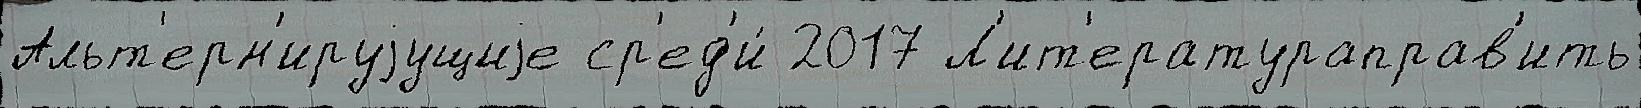
Альт'ерн'ируjущиjе ср'ед'и́ 2017 Л'ит'ератураправ'ить